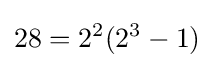
28=2^{2}(2^{3}-1)